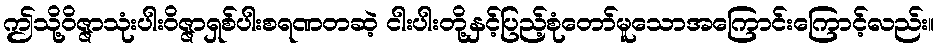
ဤသို့ဝိဇ္ဇာသုံးပါးဝိဇ္ဇာရှစ်ပါးစရဏတဆဲ့ ငါးပါးတို့နှင့်ပြည့်စုံတော်မူသောအကြောင်းကြောင့်လည်း။